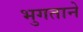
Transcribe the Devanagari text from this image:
भुगताने